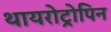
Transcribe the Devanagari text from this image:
थायरोट्रोपिन